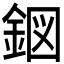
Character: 𮡹